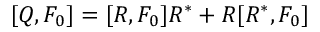
[ Q , F _ { 0 } ] = [ R , F _ { 0 } ] R ^ { * } + R [ R ^ { * } , F _ { 0 } ]